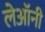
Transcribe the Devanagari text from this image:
लेऑनी